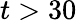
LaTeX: t>30